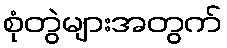
စုံတွဲများအတွက်